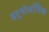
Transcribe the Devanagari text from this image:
इर्गोनॉमिक